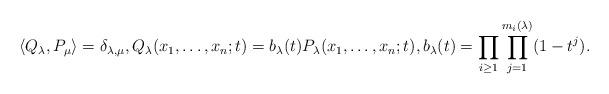
LaTeX: \begin{align*}\langle Q_{\lambda}, P_{\mu} \rangle=\delta_{\lambda,\mu},Q_{\lambda}(x_1,\dots,x_n;t)=b_{\lambda}(t)P_{\lambda}(x_1,\dots,x_n;t),b_{\lambda}(t)=\prod_{i \geq 1}\prod_{j=1}^{m_i(\lambda)}(1-t^j).\end{align*}